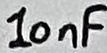
Text: 10nF